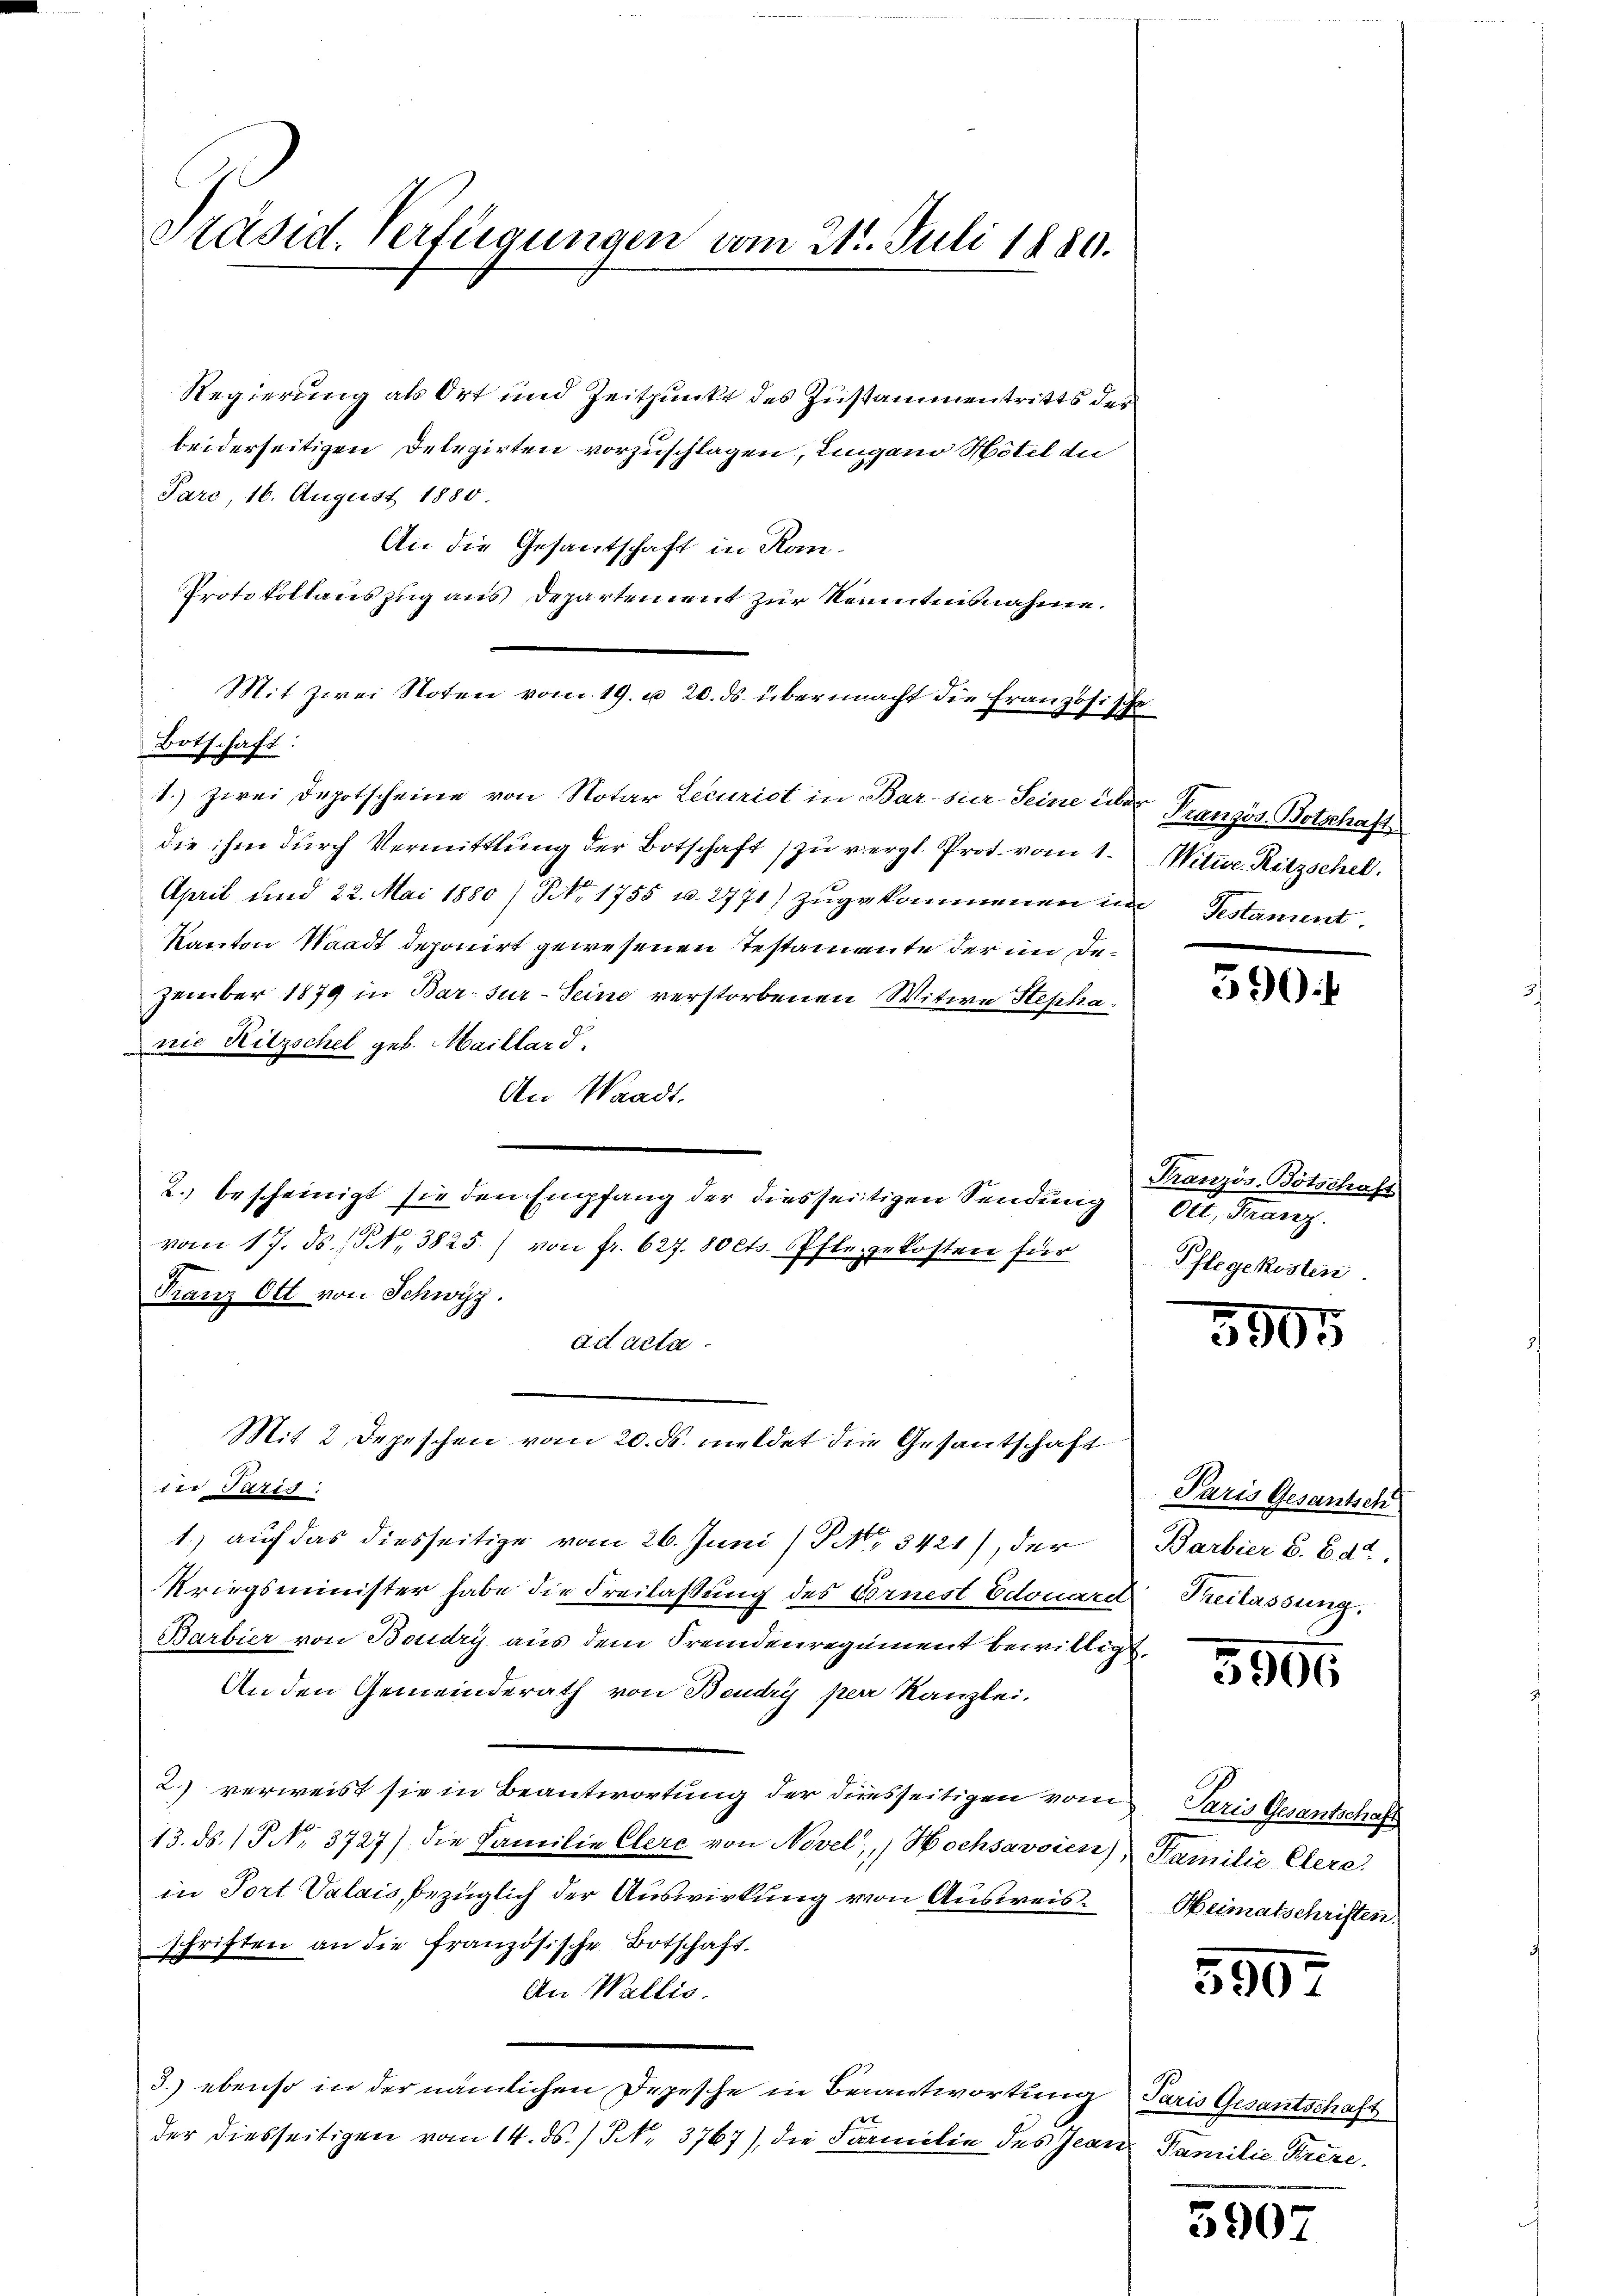
Präsid. Verflegungen vom 21. Juli 1880.

Regierung als Ort und Zeitpunkt des Zustammentritts der
beiderseitigen Delegirten vorzuschlagen, Lugano Hôtel die
Parc, 16. August 1880.
An die Gesantschaft in Kan¬
Protokollauszug aus Departement zur Kenntnisnahme.
Mit zwei Noten vom 19. u 20. ds. übermacht die Französische
Botschaft:
1.) Zwei Depotscheine von Notar Lecurist in Bar sier-Seine über Französ. Botschaft
die ihm durch Vermittlung der Botschaft zu vergl. Prot. vom 1.
April und 22. Mai 1880/ NNo. 1755 u. 2771) zŭgekommenen im Gestament.
Kanton Waadt deponirt gewesenen Testamente der im Dezember 1879 in Bar. sur - Seine verstorbenen Witwe Stephanie Ritzschel geb. Maillard.
An Waadt.
2. bescheinigt sie den Empfang der diesseitigen Sendung
vom 17. ds., N. 3825.) von fr. 627. 80 cts. Pflegekosten für
Franz Ott von Schwyz.
ad acta
Mit 2 Depeschen vom 20. ds. meldet die Gesantschaft
dei Paris.
1.) auf das diesseitige vom 26. Juni /PA 3421), der
Kriegsminister habe die Freilassung des Vornest Edouard Freilassung.
Barbier von Boudry aus dem Fremdenregument bewilligt.
An den Gemeinderath von Beudry per Kanzlei.
2.) verweist sie in Beantwortung der diresseitigen vom Paris Gesantschaft
13. ds. 1. No. 3727) die Familie Clere von Novel, Hochsavoien), Familie Clere.
in Tort Valais, bezüglich der Auswirkung von Ausweisschriften an die französische Botschaft.
An Wallis.
3.) ebenso in der nämlichen Depesche in Berantwortung Paris Gesantschaft
en |
der diesseitigen vom 14. ds. / N. 3767), die Familie des Jean Familie Streze¬

Witwe. Ritzschel.

590

Französ. Botschaft
dle. Manz
Pflegekosten.

5905

Paris Gesantsch
Barbier S. B. de

5900

Heimatschriften.

590

5907